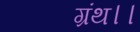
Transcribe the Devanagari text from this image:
ग्रंथ।।